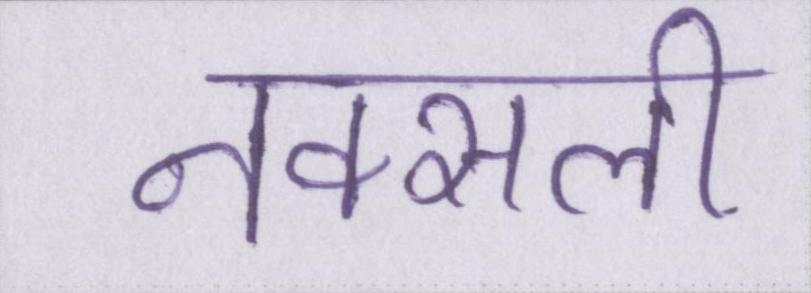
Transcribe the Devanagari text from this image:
नक्सली